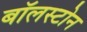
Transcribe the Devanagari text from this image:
बॉलस्टोन